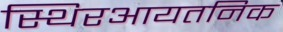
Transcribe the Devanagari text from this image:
स्थिरआयतनिक